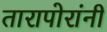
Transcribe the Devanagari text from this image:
तारापोरांनी